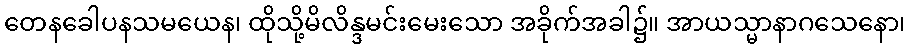
တေနခေါပနသမယေန၊ ထိုသို့မိလိန္ဒမင်းမေးသော အခိုက်အခါ၌။ အာယသ္မာနာဂသေနော၊